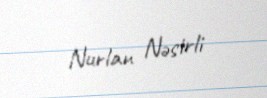
Nurlan Nəsirli